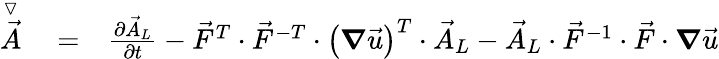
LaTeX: \begin{array}{rlr}{\stackrel{\triangledown}{\vec{A}}}&{{}=}&{\frac{\partial\vec{A}_{L}}{\partial t}-\vec{F}^{T}\cdot\vec{F}^{-T}\cdot\left(\boldsymbol{\nabla}\vec{u}\right)^{T}\cdot\vec{A}_{L}-\vec{A}_{L}\cdot\vec{F}^{-1}\cdot\vec{F}\cdot\boldsymbol{\nabla}\vec{u}}\end{array}